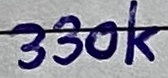
Text: 330k